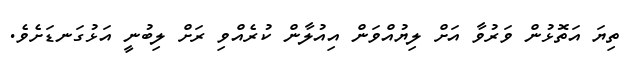
ތިޔަ އަތޮޅުން ވަރުވާ އަށް ލިޔުއްވަން އިއުލާން ކުރެއްވި ރަށް ލިބުނީ އަޅުގަނޑަށެވެ.